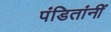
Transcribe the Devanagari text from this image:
पंडितांनीं